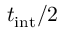
t _ { \mathrm { i n t } } / 2